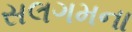
સલગમના